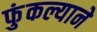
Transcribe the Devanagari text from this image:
फुंकल्याने